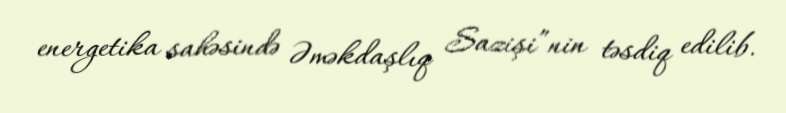
energetika sahəsində Əməkdaşlıq Sazişi”nin təsdiq edilib.